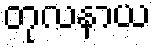
တုလနာယ